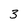
Character: 3